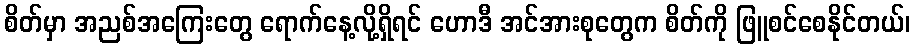
စိတ်မှာ အညစ်အကြေးတွေ ရောက်နေ့လို့ရှိရင် ဟောဒီ အင်အားစုတွေက စိတ်ကို ဖြူစင်စေနိုင်တယ်၊